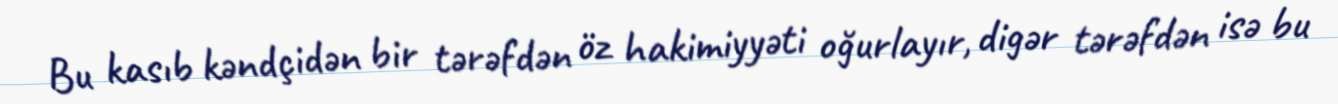
Bu kasıb kəndçidən bir tərəfdən öz hakimiyyəti oğurlayır, digər tərəfdən isə bu